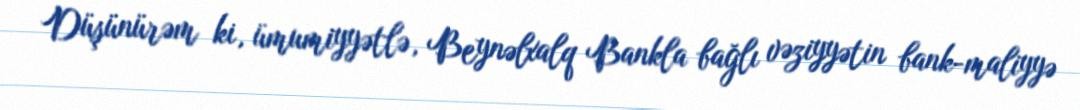
Düşünürəm ki, ümumiyyətlə, Beynəlxalq Bankla bağlı vəziyyətin bank-maliyyə